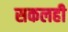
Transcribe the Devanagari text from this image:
सकलही